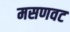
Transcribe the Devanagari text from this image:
मसणवट